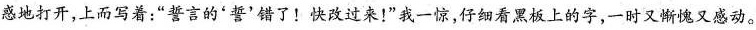
惑地打开，上面写着：”警言的'警'错了！快改过来！”我一惊，仔细看黑板上的字，-时又渐愧又感动。